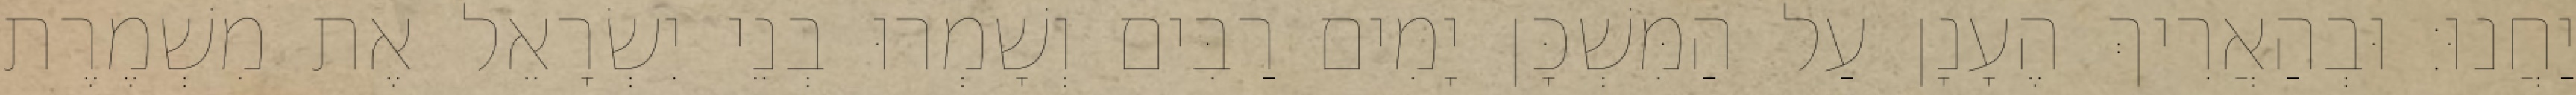
יַחֲנוּ׃ וּבְהַאֲרִיךְ הֶעָנָן עַל הַמִּשְׁכָּן יָמִים רַבִּים וְשָׁמְרוּ בְנֵי יִשְׂרָאֵל אֶת מִשְׁמֶרֶת